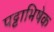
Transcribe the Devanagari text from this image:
पट्टाभिषेक